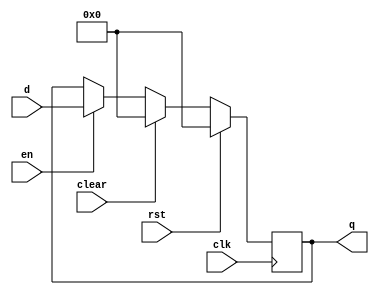
`timescale 1ns / 1ps
//////////////////////////////////////////////////////////////////////////////////
// Company: 
// Engineer: 
// 
// Design Name: 
// Module Name: flopenrc
// Project Name: 
// Target Devices: 
// Tool Versions: 
// Description: 
// 
// Dependencies: 
// 
// Revision:
// Revision 0.01 - File Created
// Additional Comments:
// 
//////////////////////////////////////////////////////////////////////////////////

//flip-flop with enable,rst,clear
module flopenrc #(parameter WIDTH = 8)(
	input wire clk,rst,en,clear,
	input wire[WIDTH-1:0] d,
	output reg[WIDTH-1:0] q
    );
	always @(posedge clk) begin
		if(rst) begin
			q <= 0;
		end else if(clear) begin
			q <= 0;
		end else if(en) begin
			/* code */
			q <= d;
		end  else begin
        	q <= q;
		end
	end
endmodule